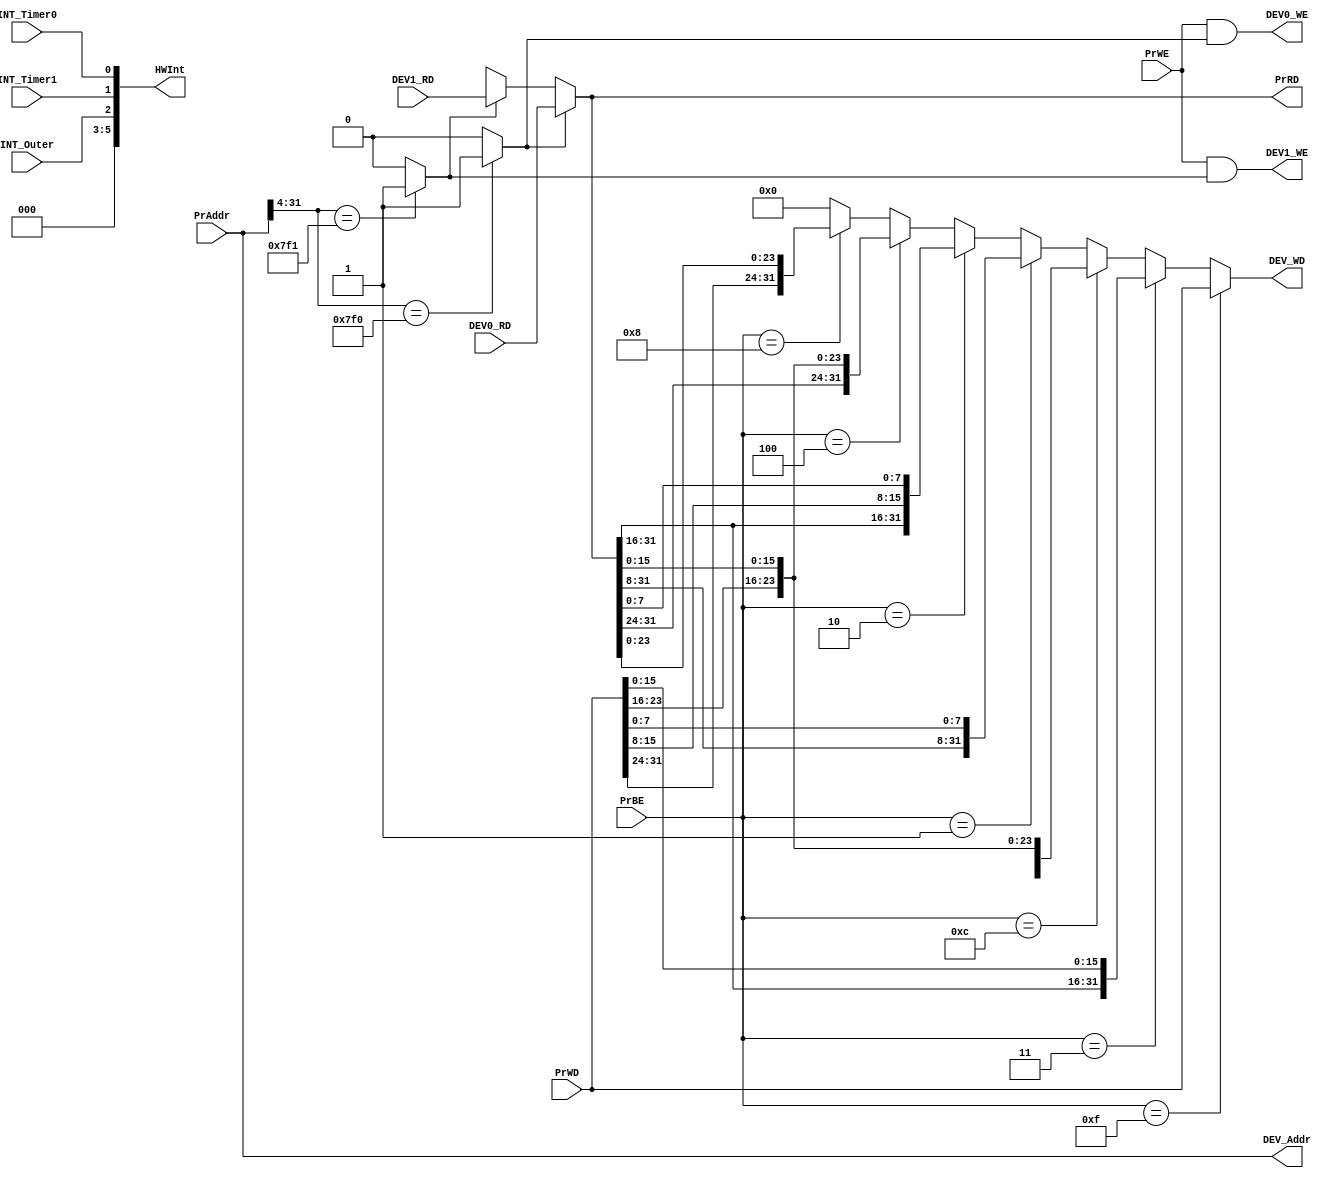
// This program was cloned from: https://github.com/SilenceX12138/MIPS-Microsystems
// License: MIT License

module bridge(
    input [31:0] PrAddr,
    input [31:0] PrWD,
    input [3:0] PrBE,
    input PrWE,
    input INT_Timer0, INT_Timer1, INT_Outer,
    input [31:0] DEV0_RD, DEV1_RD,
    output [31:0] PrRD,
    output [31:0] DEV_Addr,
    output [31:0] DEV_WD,
    output [7:2] HWInt,
    output DEV0_WE, DEV1_WE
);

    wire CS_Timer0, CS_Timer1;

    assign CS_Timer0 = (PrAddr[31:4] == 28'h0000_7f0) ? 1'b1 : 1'b0;
    assign CS_Timer1 = (PrAddr[31:4] == 28'h0000_7f1) ? 1'b1 : 1'b0;

    assign DEV0_WE = PrWE & CS_Timer0;
    assign DEV1_WE = PrWE & CS_Timer1;

    assign DEV_Addr = PrAddr;
    assign DEV_WD = (PrBE == 4'b1111)   ?   PrWD    :
                    (PrBE == 4'b0011)   ?   {PrRD[31:16], PrWD[15:0]}    :
                    (PrBE == 4'b1100)   ?   {PrWD[31:16], PrRD[15:0]}    :
                    (PrBE == 4'b0001)   ?   {PrRD[31:8], PrWD[7:0]}    :
                    (PrBE == 4'b0010)   ?   {PrRD[31:16], PrWD[15:8], PrRD[7:0]}    :
                    (PrBE == 4'b0100)   ?   {PrRD[31:24], PrWD[23:16], PrRD[15:0]}    :
                    (PrBE == 4'b1000)   ?   {PrWD[31:24], PrRD[23:0]}    :
                                            32'h0000_0000;

    assign PrRD =   (CS_Timer0) ?   DEV0_RD :
                    (CS_Timer1) ?   DEV1_RD :
                                    32'hxxxx_xxxx;
    
    assign HWInt = {3'b000, INT_Outer, INT_Timer1, INT_Timer0};

endmodule // bridge